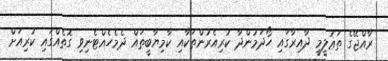
ރާއްޖޭގެ ތަޢުލީމީ ދާއިރާގައި ހޯދަމުންދާ ކުރިއެރުންތަކާއި ކާމިޔާބީތައް ދެމެހެއްޓެނިވި ގޮތެއްގައި ކުރިއަށް